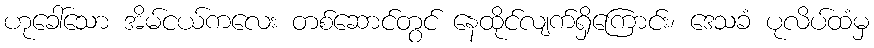
ဟုခေါ်သော အိမ်ငယ်ကလေး တစ်ဆောင်တွင် နေထိုင်လျက်ရှိကြောင်း၊ ဒေသခံ ပုလိပ်ထံမှ